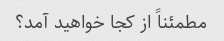
مطمئناً از کجا خواهید آمد؟